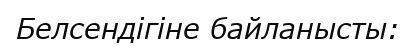
Белсендігіне байланысты: